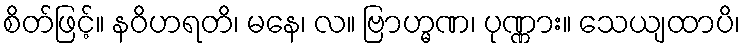
စိတ်ဖြင့်။ နဝိဟရတိ၊ မနေ၊ လ။ ဗြာဟ္မဏ၊ ပုဏ္ဏား။ သေယျထာပိ၊